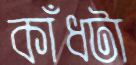
কাঁধটা